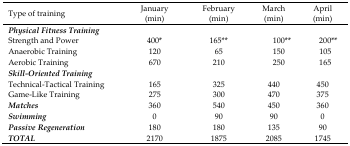
| Type of training | January (min) | February (min) | March (min) | April (min) |
 | --- | --- | --- | --- | --- |
 | Physical Fitness Training |  |  |  |  |
 | Strength and Power | 400* | 165** | 100** | 200** |
 | Anaerobic Training | 120 | 65 | 150 | 105 |
 | Aerobic Training | 670 | 210 | 250 | 165 |
 | Skill-Oriented Training |  |  |  |  |
 | Technical-Tactical Training | 165 | 325 | 440 | 450 |
 | Game-Like Training | 275 | 300 | 470 | 375 |
 | Matches | 360 | 540 | 450 | 360 |
 | Swimming | 0 | 90 | 90 | 0 |
 | Passive Regeneration | 180 | 180 | 135 | 90 |
 | TOTAL | 2170 | 1875 | 2085 | 1745 |